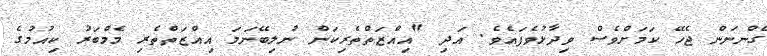
ގެންނަން ޖެހޭ ކަމަށްވެސް ވިދާޅުވެފައެވެ. އަދި "އިއްޒަތްތެރިކަން ނުލިބޭނަމަ އިއްޒަތްތެރި މެމްބަރު ކިއުމުގެ